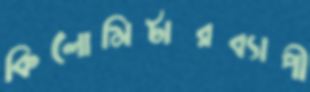
কিলোমিটারব্যাপী